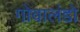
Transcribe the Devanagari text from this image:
गोवालंडो